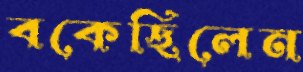
বকেছিলেন